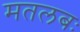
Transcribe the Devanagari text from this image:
मतलबः